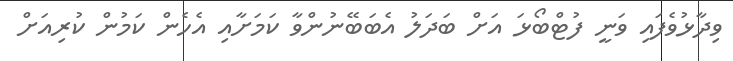
ވިދާޅުވެފައި ވަނީ ފުޓްބޯޅަ އަށް ބަދަލު އެބަބޭނުންވާ ކަމަށާއި އެހެން ކަމުން ކުރިއަށް